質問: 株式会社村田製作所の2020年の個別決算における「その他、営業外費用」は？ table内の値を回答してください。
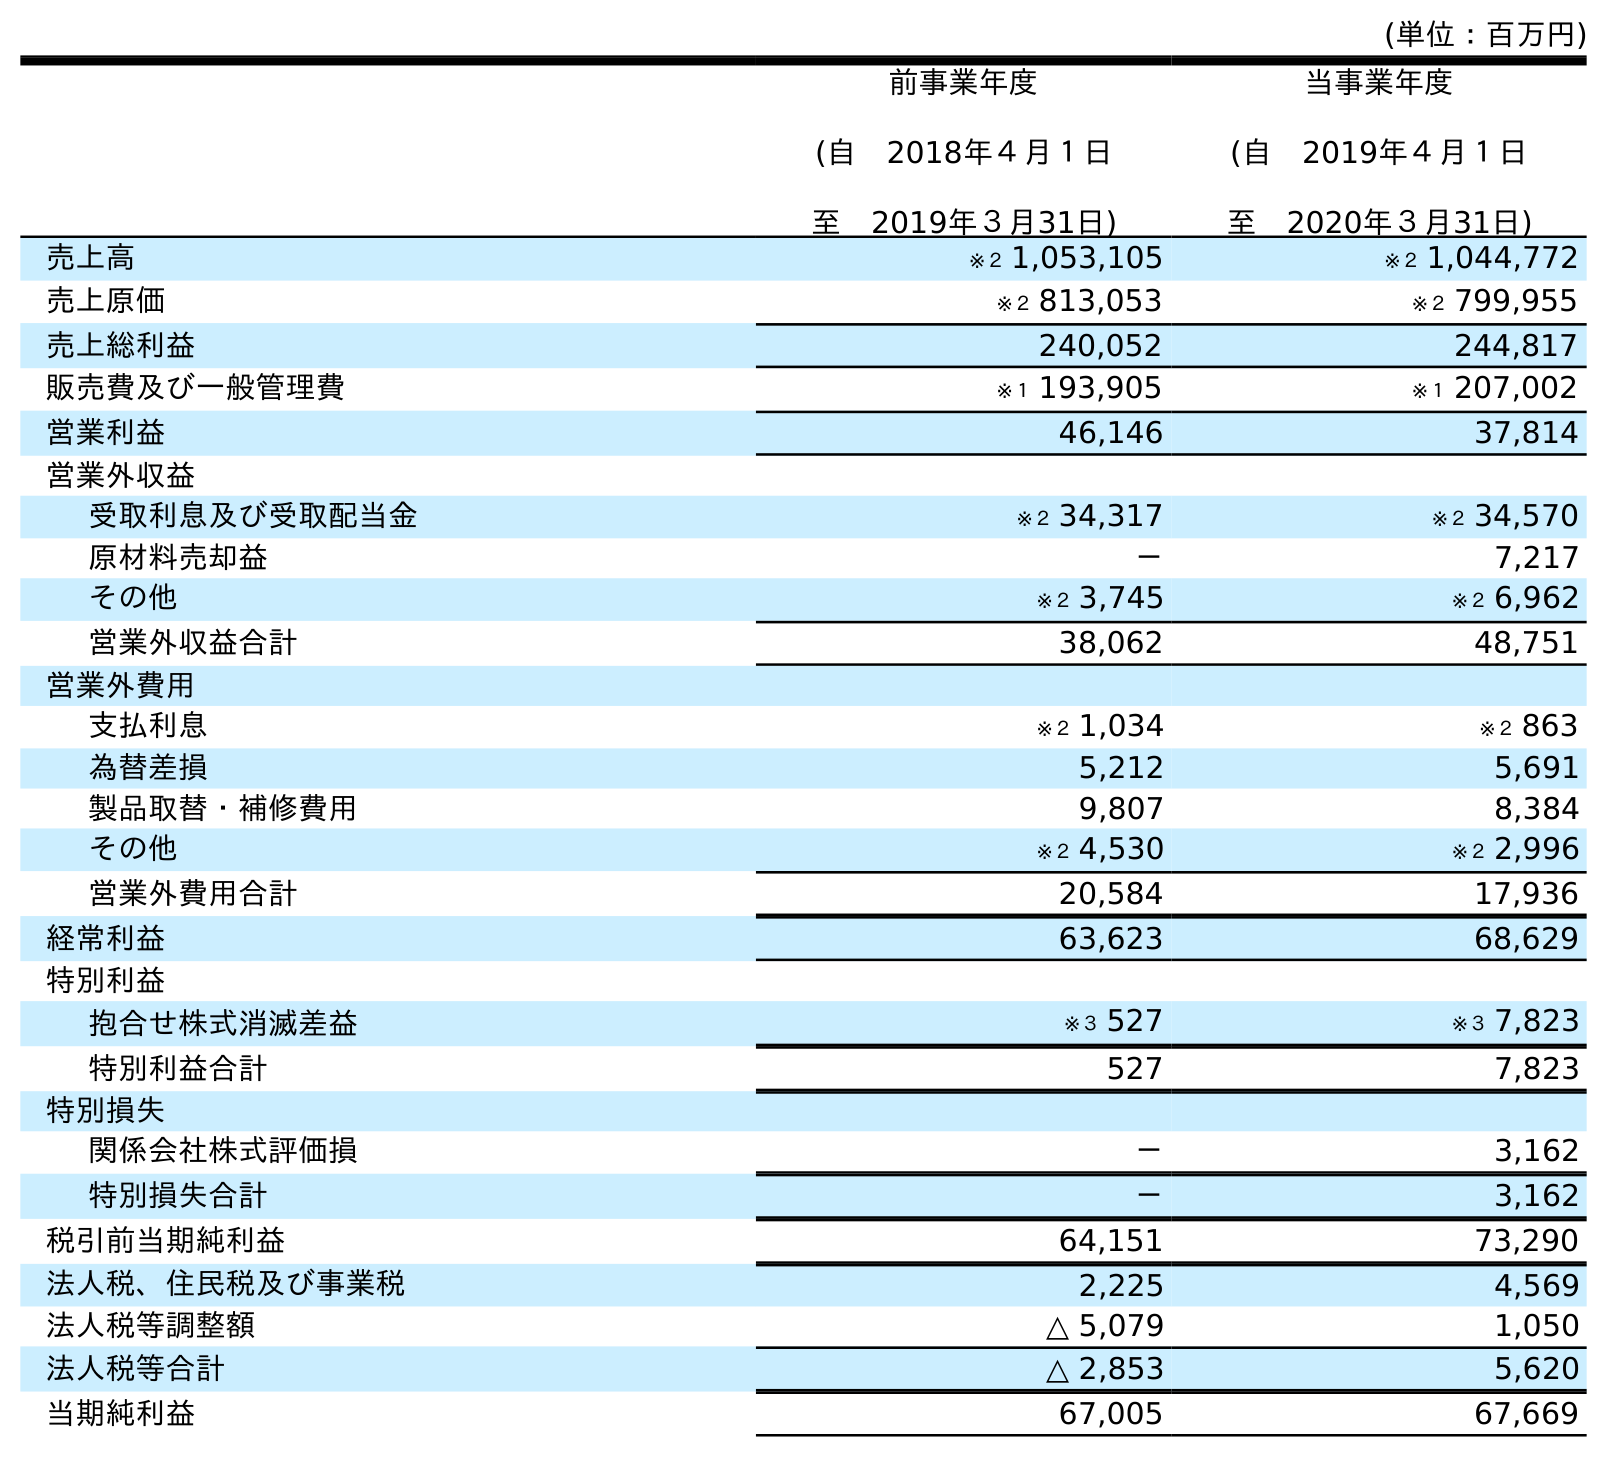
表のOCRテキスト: (単位：百万円) 前事業年度 (自 2018年４月１日 至 2019年３月31日) 当事業年度 (自 2019年４月１日 至 2020年３月31日) 売上高 ※２ 1,053,105 ※２ 1,044,772 売上原価 ※２ 813,053 ※２ 799,955 売上総利益 240,052 244,817 販売費及び一般管理費 ※１ 193,905 ※１ 207,002 営業利益 46,146 37,814 営業外収益 受取利息及び受取配当金 ※２ 34,317 ※２ 34,570 原材料売却益 － 7,217 その他 ※２ 3,745 ※２ 6,962 営業外収益合計 38,062 48,751 営業外費用 支払利息 ※２ 1,034 ※２ 863 為替差損 5,212 5,691 製品取替・補修費用 9,807 8,384 その他 ※２ 4,530 ※２ 2,996 営業外費用合計 20,584 17,936 経常利益 63,623 68,629 特別利益 抱合せ株式消滅差益 ※３ 527 ※３ 7,823 特別利益合計 527 7,823 特別損失 関係会社株式評価損 － 3,162 特別損失合計 － 3,162 税引前当期純利益 64,151 73,290 法人税、住民税及び事業税 2,225 4,569 法人税等調整額 △ 5,079 1,050 法人税等合計 △ 2,853 5,620 当期純利益 67,005 67,669
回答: ※２2,996